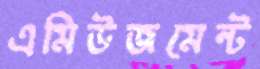
এমিউজমেন্ট